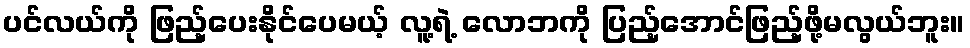
ပင်လယ်ကို ဖြည့်ပေးနိုင်ပေမယ့် လူ့ရဲ့ လောဘကို ပြည့်အောင်ဖြည့်ဖို့မလွယ်ဘူး။